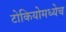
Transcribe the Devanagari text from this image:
टोकियोमध्येच